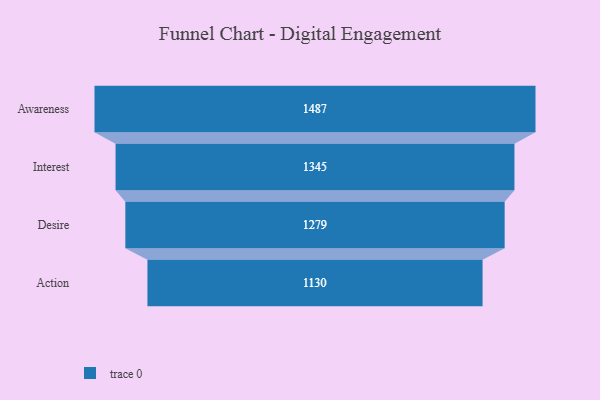
{"axis": {"x": "Stage", "y": "Value"}, "legend": [""], "data": [{"x": "Awareness", "y": 1487.0, "type": ""}, {"x": "Interest", "y": 1345.0, "type": ""}, {"x": "Desire", "y": 1279.0, "type": ""}, {"x": "Action", "y": 1130.0, "type": ""}]}